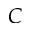
C